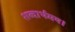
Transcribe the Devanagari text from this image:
शब्दार्थमय।